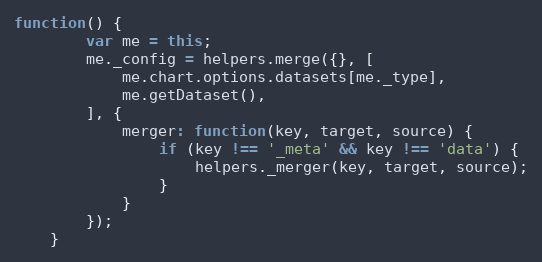
Language: JavaScript
function() {
		var me = this;
		me._config = helpers.merge({}, [
			me.chart.options.datasets[me._type],
			me.getDataset(),
		], {
			merger: function(key, target, source) {
				if (key !== '_meta' && key !== 'data') {
					helpers._merger(key, target, source);
				}
			}
		});
	}